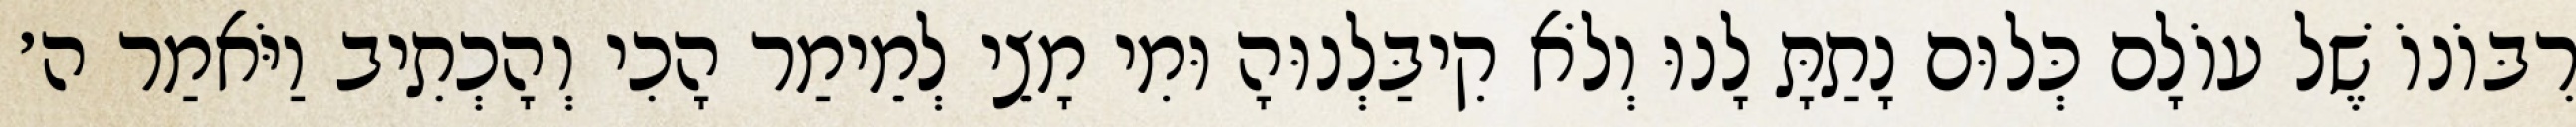
רִבּוֹנוֹ שֶׁל עוֹלָם כְּלוּם נָתַתָּ לָנוּ וְלֹא קִיבַּלְנוּהָ וּמִי מָצֵי לְמֵימַר הָכִי וְהָכְתִיב וַיֹּאמַר ה׳